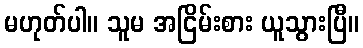
မဟုတ်ပါ။ သူမ အငြိမ်းစား ယူသွားပြီ။